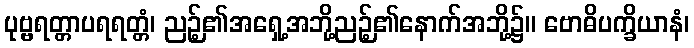
ပုဗ္ဗရတ္တာပရရတ္တံ၊ ညဉ့်၏အရှေ့အဘို့ညဉ့်၏နောက်အဘို့၌။ ဗောဓိပက္ခိယာနံ၊